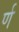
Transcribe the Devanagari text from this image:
र्ण